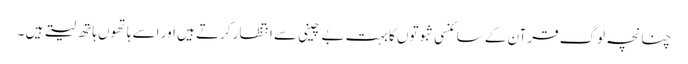
چنانچہ لوگ قرآن کے سائنسی ثبوتوں کا بہت بے چینی سے انتظار کرتے ہیں اور اسے ہاتھوں ہاتھ لیتے ہیں ۔